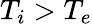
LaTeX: T_{i}>T_{e}